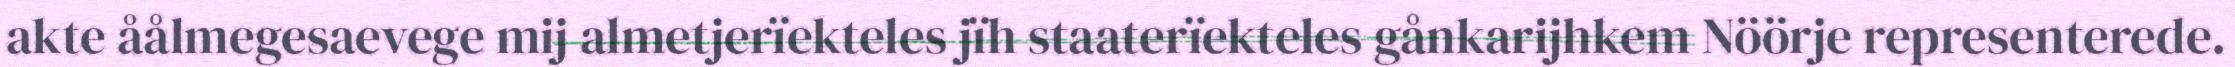
akte åålmegesaevege mij almetjerïekteles jïh staaterïekteles gånkarijhkem Nöörje representerede.